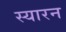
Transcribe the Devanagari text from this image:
स्यारन